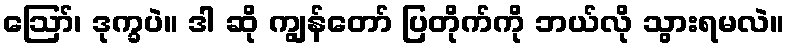
ဪ၊ ဒုက္ခပဲ။ ဒါ ဆို ကျွန်တော် ပြတိုက်ကို ဘယ်လို သွားရမလဲ။